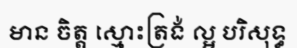
មាន ចិត្ត ស្មោះត្រង់ ល្អ បរិសុទ្ធ